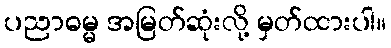
ပညာဓမ္မ အမြတ်ဆုံးလို့ မှတ်ထားပါ။